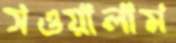
সওয়ালাম